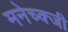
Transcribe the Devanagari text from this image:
मनेच्क्जी